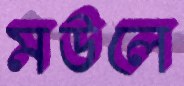
মউলে